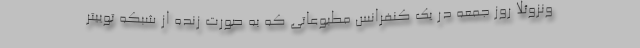
ونزوئلا روز جمعه در یک کنفرانس مطبوعاتی که به صورت زنده از شبکه توییتر